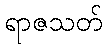
ရာဇသတ်